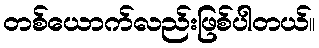
တစ်ယောက်လည်းဖြစ်ပါတယ်။